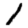
Digit: 1